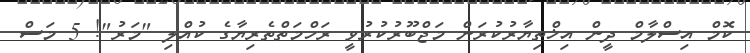
ކޮމް އިސްލާމް ދީން އިޚްތިޔާރުކުރަން މަޖްބޫރުކުރުވީ ރަހްމަތްތެރިޔާގެ ކުއްލި "މަރު"! 5 މަސް